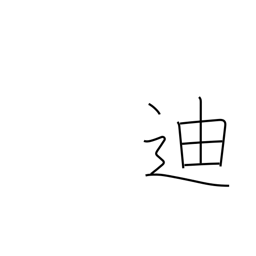
Meaning: edify